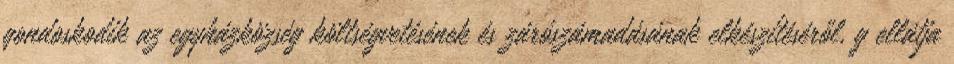
gondoskodik az egyházközség költségvetésének és zárószámadásának elkészítéséről, g ellátja